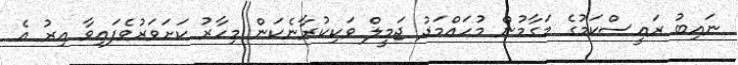
ނައިބު ރައީސްކަމުގެ މަގާމުން މުހައްމަދު ޖަމީލް ވަކިކުރާނެކަން މިހާރު ކަށަވަރުވެފައިވާ އިރު އެ